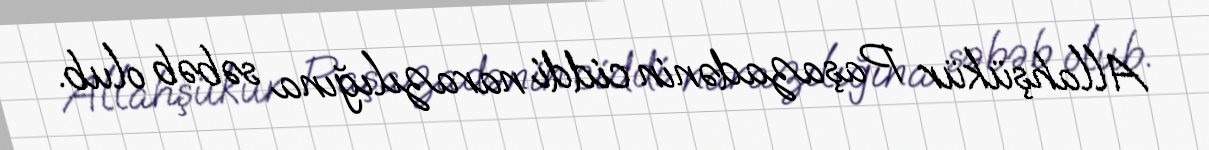
Allahşükür Paşazadənin ciddi narazılığına səbəb olub.